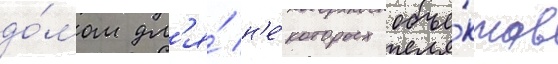
до́мом дл'я́ н'е́которых объе́ктов